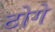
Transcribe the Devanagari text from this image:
टोगे